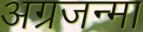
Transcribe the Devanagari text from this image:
अग्रजन्मा